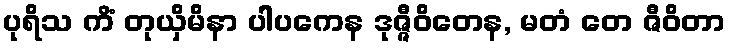
ပုရိသ ကိံ တုယှိမိနာ ပါပကေန ဒုဇ္ဇီဝိတေန, မတံ တေ ဇီဝိတာ